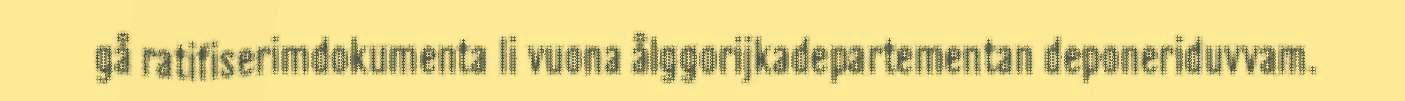
gå ratifiserimdokumenta li vuona ålggorijkadepartementan deponeriduvvam.